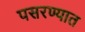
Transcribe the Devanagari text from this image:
पसरण्यात